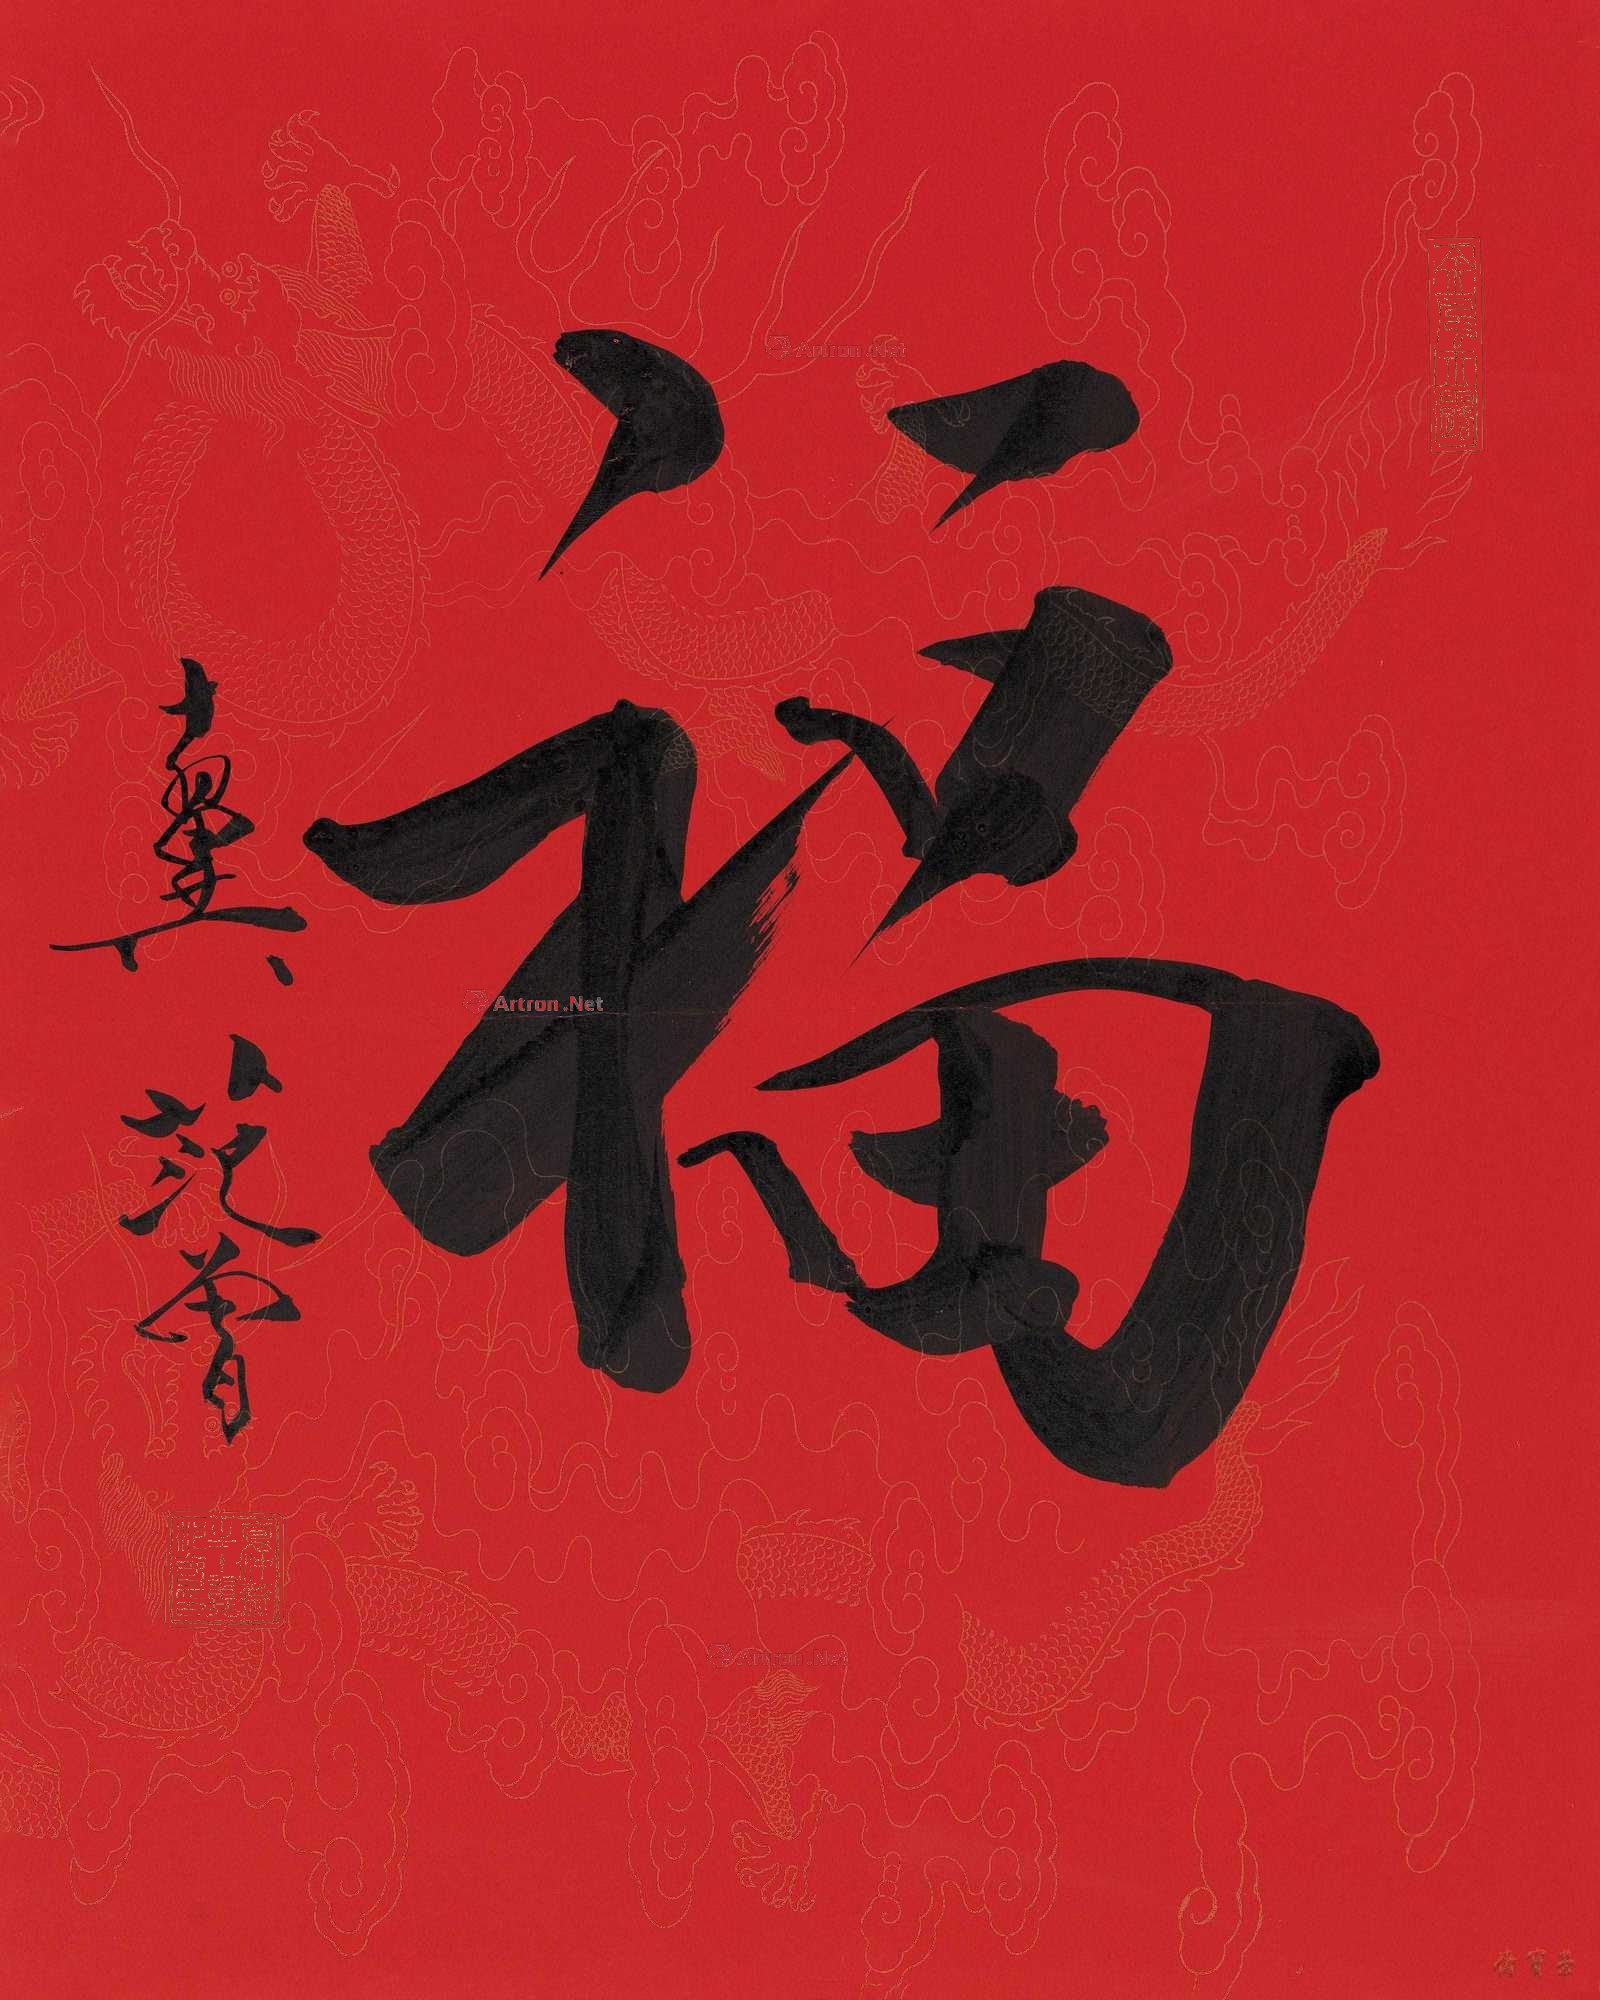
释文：福十翼范曾。